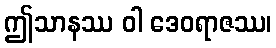
ဤသာနဿ ဝါ ဒေဝရာဇဿ၊